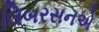
લિબરસનએ